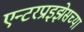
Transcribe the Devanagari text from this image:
एन्टरप्राइझेसच्या